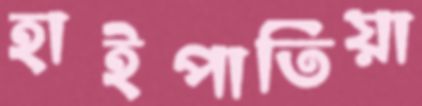
হাইপাতিয়া